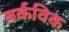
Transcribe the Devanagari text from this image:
बर्कविक